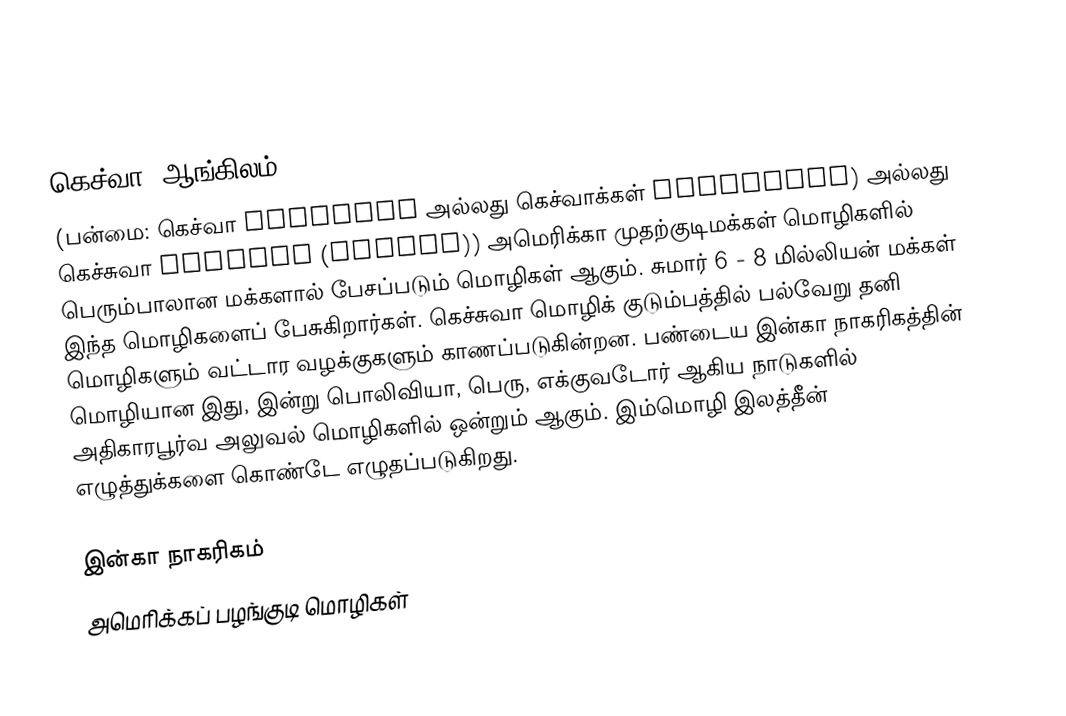
கெச்வா (ஆங்கிலம்: Quech·ua (kéchwə)
(பன்மை: கெச்வா Quech·ua அல்லது கெச்வாக்கள் Quech·uas) அல்லது கெச்சுவா Kech·ua (kéchwə)) அமெரிக்கா முதற்குடிமக்கள் மொழிகளில் பெரும்பாலான மக்களால் பேசப்படும் மொழிகள் ஆகும். சுமார் 6 - 8 மில்லியன் மக்கள் இந்த மொழிகளைப் பேசுகிறார்கள். கெச்சுவா மொழிக் குடும்பத்தில் பல்வேறு தனி மொழிகளும் வட்டார வழக்குகளும் காணப்படுகின்றன. பண்டைய இன்கா நாகரிகத்தின் மொழியான இது, இன்று பொலிவியா, பெரு, எக்குவடோர் ஆகிய நாடுகளில் அதிகாரபூர்வ அலுவல் மொழிகளில் ஒன்றும் ஆகும். இம்மொழி இலத்தீன் எழுத்துக்களை கொண்டே எழுதப்படுகிறது.

இன்கா நாகரிகம்
அமெரிக்கப் பழங்குடி மொழிகள்